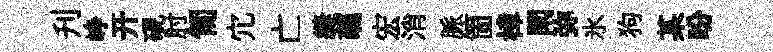
刋峥开硯肘匍宂亡縫蘤宏消脈箇樟閑弥氷狗某盼